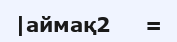
|аймақ2     =